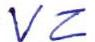
VZ